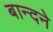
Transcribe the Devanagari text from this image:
बान्दने